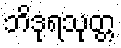
ဘိဒုရသုတ္တ